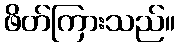
ဖိတ်ကြားသည်။